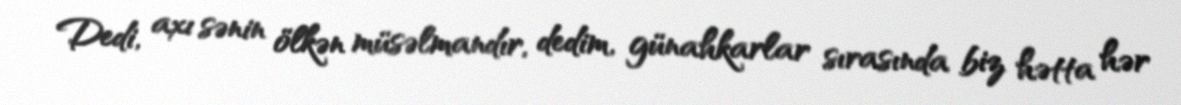
Dedi, axı sənin ölkən müsəlmandır, dedim, günahkarlar sırasında biz hətta hər